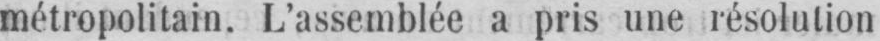
métropolitain. L’assemblée a pris une résolution